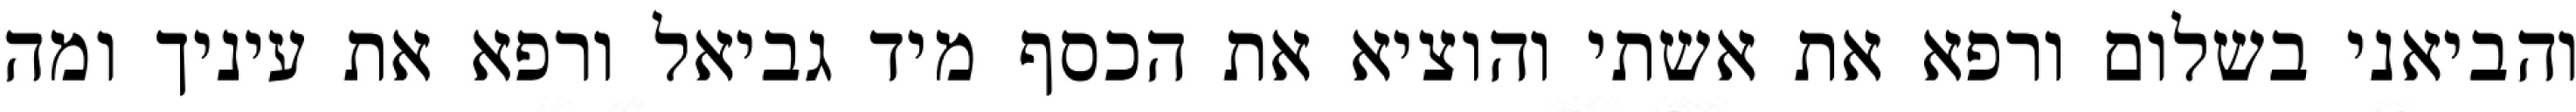
והביאני בשלום ורפא את אשתי והוציא את הכסף מיד גביאל ורפא את עיניך ומה